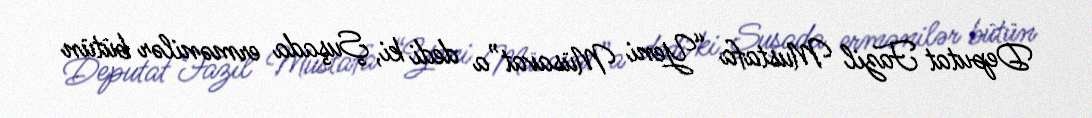
Deputat Fazil Mustafa “Yeni Müsavat”a dedi ki, Şuşada ermənilər bütün